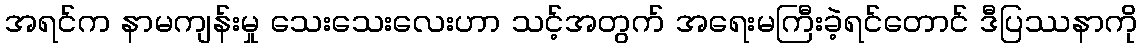
အရင်က နာမကျန်းမှု သေးသေးလေးဟာ သင့်အတွက် အရေးမကြီးခဲ့ရင်တောင် ဒီပြဿနာကို